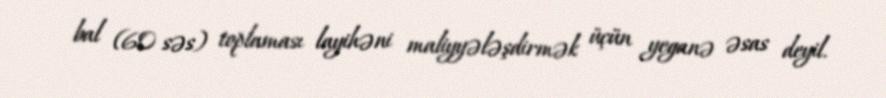
bal (60 səs) toplaması layihəni maliyyələşdirmək üçün yeganə əsas deyil.